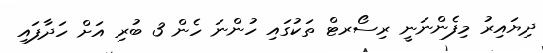
ދިޔައިރު މިފެންނަނީ ރިސޯރޓް ތަކުގައި ހުންނަ ހެން 3 ބުރި އަށް ހަދާފައި